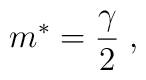
m\sp * =  {\gamma \over 2}     \;,